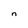
Character: n